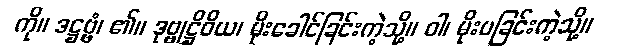
ကို။ ဒဋ္ဌဗ္ဗံ၊ ၏။ ဒုဗ္ဗုဋ္ဌိဝိယ၊ မိုးခေါင်ခြင်းကဲ့သို့။ ဝါ၊ မိုးပခြင်းကဲ့သို့။